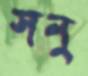
সনু